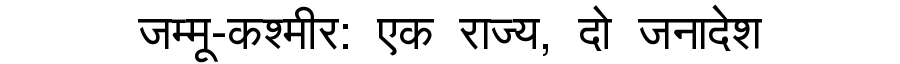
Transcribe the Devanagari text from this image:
जम्मू-कश्मीर: एक राज्य, दो जनादेश